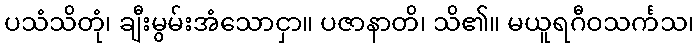
ပသံသိတုံ၊ ချီးမွမ်းအံသောငှာ။ ပဇာနာတိ၊ သိ၏။ မယူရဂီဝသင်္ကသ၊